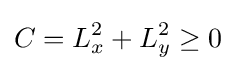
C=L_{x}^{2}+L_{y}^{2}\geq 0